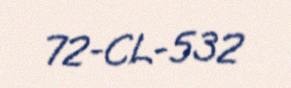
72-CL-532